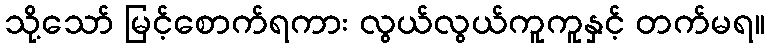
သို့သော် မြင့်စောက်ရကား လွယ်လွယ်ကူကူနှင့် တက်မရ။